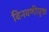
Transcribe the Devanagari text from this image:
विनवणीयुक्त